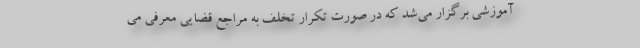
آموزشی برگزار می‌شد که در صورت تکرار تخلف به مراجع قضایی معرفی می